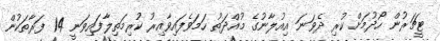
ޓީޗަރުން ހޯދުމަށް ކުރި ދެވަނަ އިއުލާނުގެ މުއްދަތު ހަމަވެފައިވާއިރު ކުރިމަތިލާފައިވަނީ 14 ފަރާތަކުން